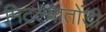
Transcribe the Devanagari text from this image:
मिटल्यातोंडी